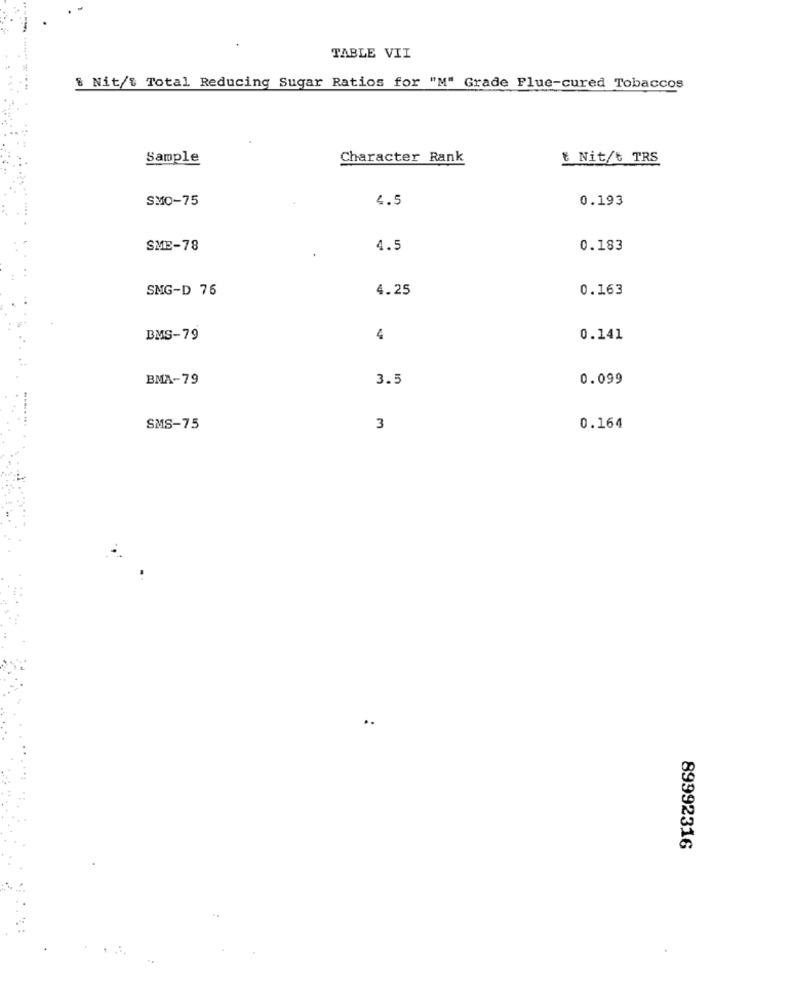
TABLE VII
& Nit/{ Total Reducing Sugar Ratios for "M" Grade Flue-cured Tobaccos
Sample
Character Rank
# Nit/t TRS
SMO-75
4.5
0.193
SME-78
4.5
0.183
SMG-D 76
4.25
0.163
BMS-79
4
0.141
BMA-79
3.5
0.099
SMS-75
3
0.164
89992316